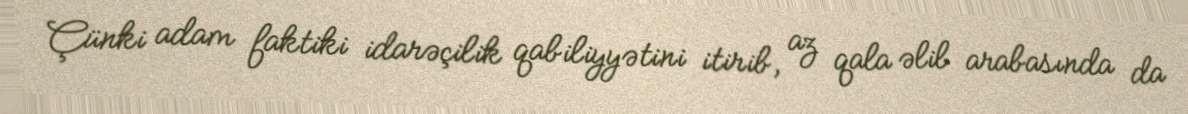
Çünki adam faktiki idarəçilik qabiliyyətini itirib, az qala əlil arabasında da